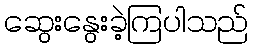
ဆွေးနွေးခဲ့ကြပါသည်